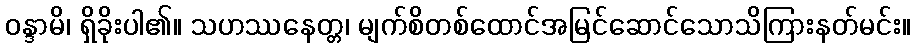
ဝန္ဒာမိ၊ ရှိခိုးပါ၏။ သဟဿနေတ္တ၊ မျက်စိတစ်ထောင်အမြင်ဆောင်သောသိကြားနတ်မင်း။